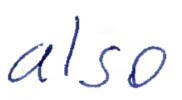
Text: also
Cross-out: clean
Writing tool: ballpoint